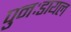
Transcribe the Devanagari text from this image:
पुनःडायल